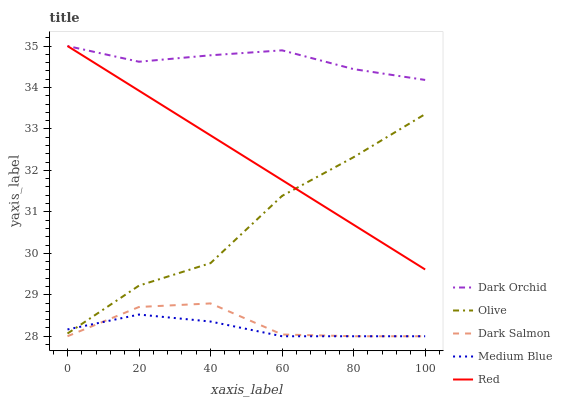
| xaxis_label | Dark Orchid | Olive | Dark Salmon | Medium Blue | Red |
 | --- | --- | --- | --- | --- | --- |
 | 0 | 35 | 28.1 | 28 | 28.2 | 35 |
 | 20 | 34.6 | 29.2 | 28.7 | 28.5 | 33.9 |
 | 40 | 34.8 | 29.8 | 28.8 | 28.4 | 32.8 |
 | 60 | 34.9 | 31.4 | 28 | 28 | 31.8 |
 | 80 | 34.4 | 32.3 | 28 | 28 | 30.7 |
 | 100 | 34.2 | 33.4 | 28 | 28 | 29.6 |